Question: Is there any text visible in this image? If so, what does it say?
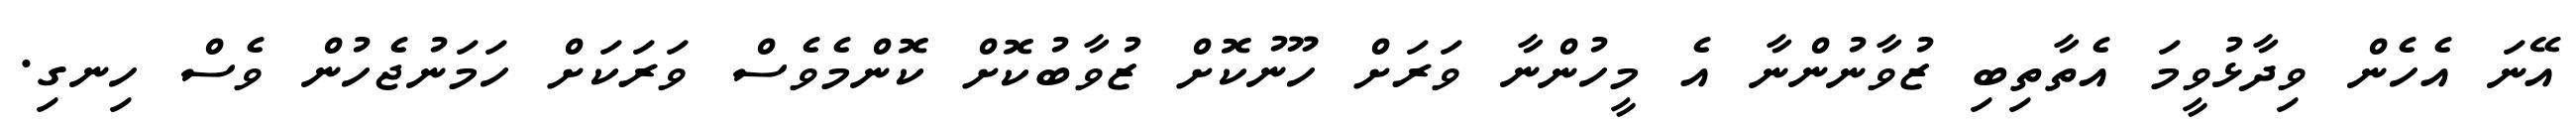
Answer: އޭނަ އެހެން ވިދާޅުވީމަ އެތާތިބި ޒުވާނުންނާ އެ މީހުންނާ ވަރަށް ހޫނުކޮށް ޒުވާބުކޮށް ކޮންމެވެސް ވަރަކަށް ހަމަނުޖެހުން ވެސް ހިނގި.